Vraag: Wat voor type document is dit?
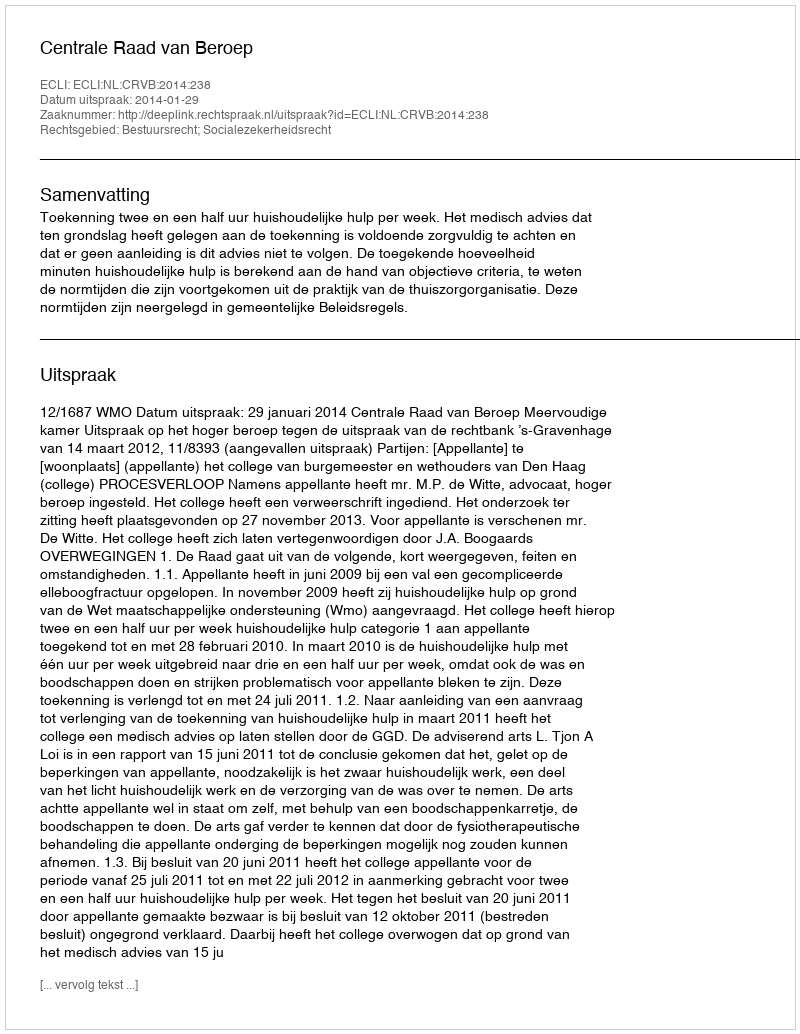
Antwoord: Uitspraak